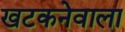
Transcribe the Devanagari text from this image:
खटकनेवाला